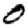
Digit: 0